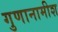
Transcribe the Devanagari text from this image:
गुणानामीश